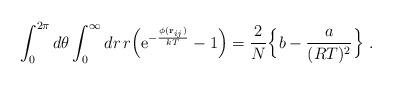
LaTeX: \begin{align*}\int_0^{2\pi}d\theta\int_0^\infty dr\, r\Bigl({\rm e}^{-{\phi({\bf r}_{ij})\over kT}}-1\Bigr)={2 \over N}\Bigl\{ b-{a \over (RT)^2}\Bigr\}\ .\end{align*}